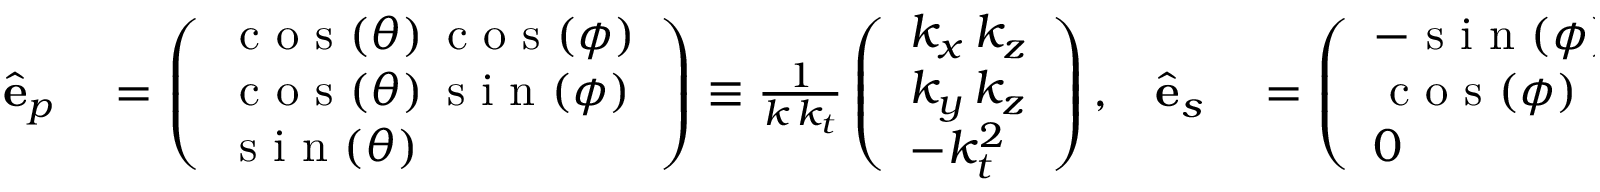
\begin{array} { r l r l } { \hat { \mathbf { e } } _ { p } } & { { } = \left( \begin{array} { l } { \mathrm { ~ c ~ o ~ s ~ } ( \theta ) \, \mathrm { ~ c ~ o ~ s ~ } ( \phi ) } \\ { \mathrm { ~ c ~ o ~ s ~ } ( \theta ) \, \mathrm { ~ s ~ i ~ n ~ } ( \phi ) } \\ { \mathrm { ~ s ~ i ~ n ~ } ( \theta ) } \end{array} \right) \equiv \frac { 1 } { k \, k _ { t } } \left( \begin{array} { l } { k _ { x } \, k _ { z } } \\ { k _ { y } \, k _ { z } } \\ { - k _ { t } ^ { 2 } } \end{array} \right) , } & { \hat { \mathbf { e } } _ { s } } & { { } = \left( \begin{array} { l } { - \mathrm { ~ s ~ i ~ n ~ } ( \phi ) } \\ { \mathrm { ~ c ~ o ~ s ~ } ( \phi ) } \\ { 0 } \end{array} \right) \equiv \frac { 1 } { k _ { t } } \left( \begin{array} { l } { - k _ { y } } \\ { k _ { x } } \\ { 0 } \end{array} \right) . } \end{array}